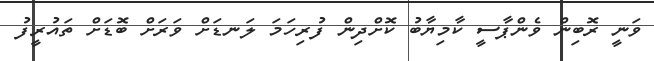
ވަނީ ރޮބިން ވެންޕާސީ ކާމިޔާބު ކޮށްދިން ފުރިހަމަ ލަނޑަށް ވަރަށް ބޮޑަށް ތައުރީފު